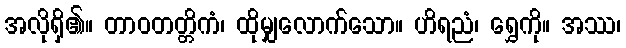
အလိုရှိ၏။ တာဝတတ္တိကံ၊ ထိုမျှလောက်သော။ ဟိရညံ၊ ရွှေကို။ အဿ၊